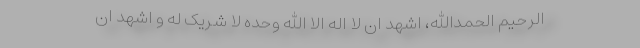
الرحیم الحمدالله، اشهد ان لا اله الا الله وحده لا شریک له و اشهد ان